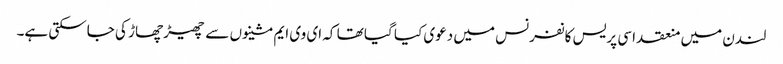
لندن میں منعقد اسی پریس کانفرنس میں دعوی کیا گیا تھا کہ ای وی ایم مشینوں سے چھیڑ چھاڑ کی جاسکتی ہے۔